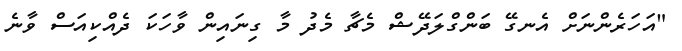
"އަހަރެންނަށް އެނގޭ ބަންގްލަދޭޝް މެޗާ މެދު މާ ގިނައިން ވާހަކަ ދެއްކިއަސް ވާނެ